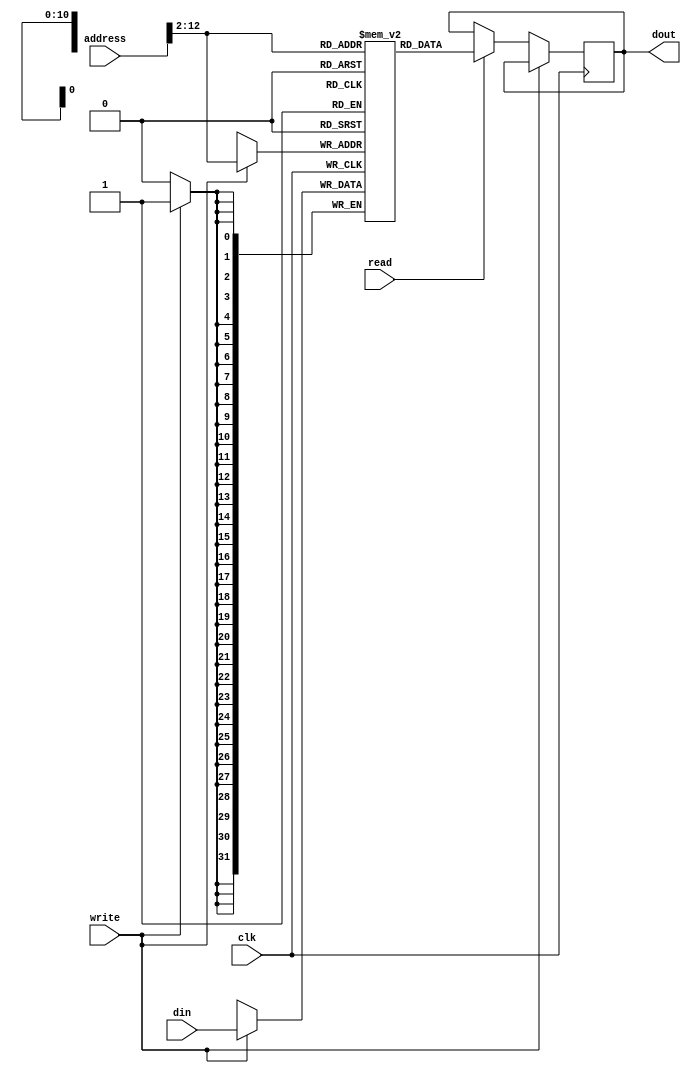
`timescale 1ns / 1ps

//
// 3rd year -Computer and Systems Engineering-
// Fayoum University
// Microprocessors (301)
// Pipelined Mips 32-bit project
// ____Group1____ 
// Supervised by: Dr.Mohammed Ibrahim
//

//memory size is 8 Kbyte
	module DMem(
	input[31:0] din,
	input[31:0] address,
	output reg[31:0] dout,
	input read,
	input clk,
	input write
    );
	 
	 
	wire[10:0] actual_address;
	assign actual_address=address[12:2];

	reg[31:0] data[2**11-1:0];
	
	 
	 always @(posedge clk)
	 begin
		if(write==1)
		begin
			data[actual_address]<=din;
		end
		else if(read==1)
		begin
			dout<=data[actual_address];
		end
	 end
endmodule